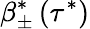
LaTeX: \beta_{\pm}^{*}\left(\tau^{*}\right)